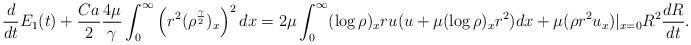
LaTeX: \begin{align*}\frac{d}{dt}E_1(t)+\frac{Ca}{2}\frac{4\mu}{\gamma}\int_0^\infty\left(r^2(\rho^{\frac{\gamma}{2}})_x\right)^2dx=2\mu\int_0^\infty(\log\rho)_xru(u+\mu(\log\rho)_xr^2)dx+\mu(\rho r^2u_x)|_{x=0}R^2\frac{dR}{dt}.\end{align*}